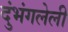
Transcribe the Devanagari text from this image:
दुंभंगलेली